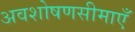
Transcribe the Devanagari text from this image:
अवशोषणसीमाएँ